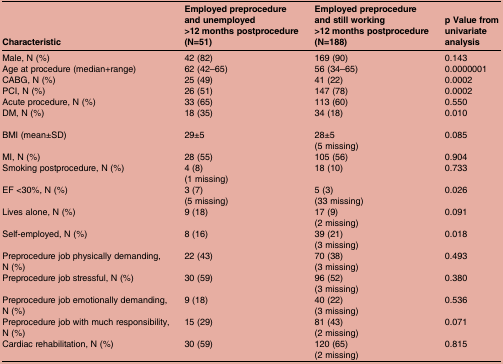
<table><thead><tr><td><b>Characteristic</b></td><td><b>Employed preprocedure and unemployed &gt;12 months postprocedure(N=51)</b></td><td><b>Employed preprocedure and still working &gt;12 months postprocedure(N=188)</b></td><td><b>p Value from univariate analysis</b></td></tr></thead><tbody><tr><td>Male, N (%)</td><td>42 (82)</td><td>169 (90)</td><td>0.143</td></tr><tr><td>Age at procedure (median+range)</td><td>62 (42–65)</td><td>56 (34–65)</td><td>0.0000001</td></tr><tr><td>CABG, N (%)</td><td>25 (49)</td><td>41 (22)</td><td>0.0002</td></tr><tr><td>PCI, N (%)</td><td>26 (51)</td><td>147 (78)</td><td>0.0002</td></tr><tr><td>Acute procedure, N (%)</td><td>33 (65)</td><td>113 (60)</td><td>0.550</td></tr><tr><td>DM, N (%)</td><td>18 (35)</td><td>34 (18)</td><td>0.010</td></tr><tr><td>BMI (mean±SD)</td><td>29±5</td><td>28±5(5 missing)</td><td>0.085</td></tr><tr><td>MI, N (%)</td><td>28 (55)</td><td>105 (56)</td><td>0.904</td></tr><tr><td>Smoking postprocedure, N (%)</td><td>4 (8)(1 missing)</td><td>18 (10)</td><td>0.733</td></tr><tr><td>EF &lt;30%, N (%)</td><td>3 (7)(5 missing)</td><td>5 (3)(33 missing)</td><td>0.026</td></tr><tr><td>Lives alone, N (%)</td><td>9 (18)</td><td>17 (9)(2 missing)</td><td>0.091</td></tr><tr><td>Self-employed, N (%)</td><td>8 (16)</td><td>39 (21)(3 missing)</td><td>0.018</td></tr><tr><td>Preprocedure job physically demanding, N (%)</td><td>22 (43)</td><td>70 (38)(3 missing)</td><td>0.493</td></tr><tr><td>Preprocedure job stressful, N (%)</td><td>30 (59)</td><td>96 (52)(3 missing)</td><td>0.380</td></tr><tr><td>Preprocedure job emotionally demanding, N (%)</td><td>9 (18)</td><td>40 (22)(3 missing)</td><td>0.536</td></tr><tr><td>Preprocedure job with much responsibility, N (%)</td><td>15 (29)</td><td>81 (43)(2 missing)</td><td>0.071</td></tr><tr><td>Cardiac rehabilitation, N (%)</td><td>30 (59)</td><td>120 (65)(2 missing)</td><td>0.815</td></tr></tbody></table>